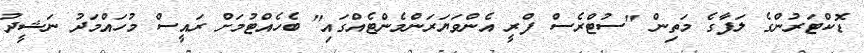
ޑޮކްޓަރުންގެ ލަފާގެ މަތިން "ސުޓްރެސް ފްރީ އެންވަޔަރަންމެންޓެއްގައި" ބެހެއްޓުމަށް ރައީސް މުހައްމަދު ނަޝީދު